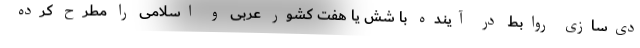
دی‌سازی روابط در آینده با شش یا هفت کشور عربی و اسلامی را مطرح کرده